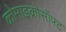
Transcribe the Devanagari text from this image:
कोमाइक्रोसॉफ्ट